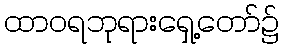
ထာဝရဘုရားရှေ့တော်၌